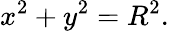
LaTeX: x^{2}+y^{2}=R^{2}.